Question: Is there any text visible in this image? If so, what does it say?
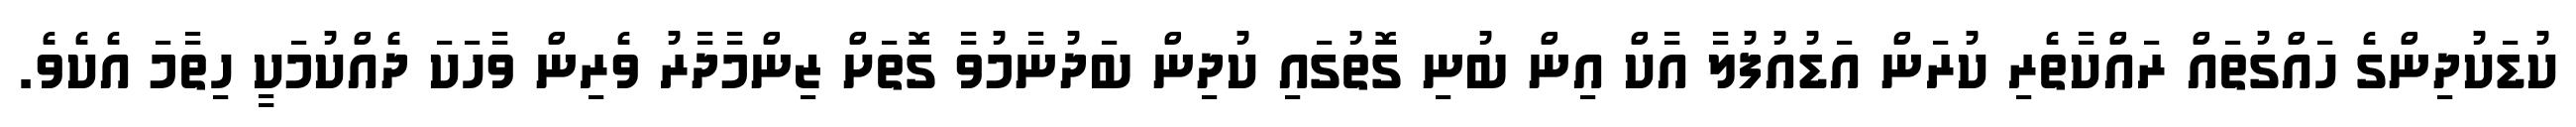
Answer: ކުޑަކުދިންގެ ހައްގުތައް ރައްކާތެރި ކުރަން އަޑުއުފުލާ އާކް އިން ބުނި ގޮތުގައި ކުދިން ބަދުނާމުވާ ގޮތަށް ޒިންމާދާރު ވެރިން ވާހަކަ ދެއްކުމަކީ ހިތާމަ އެކެވެ.